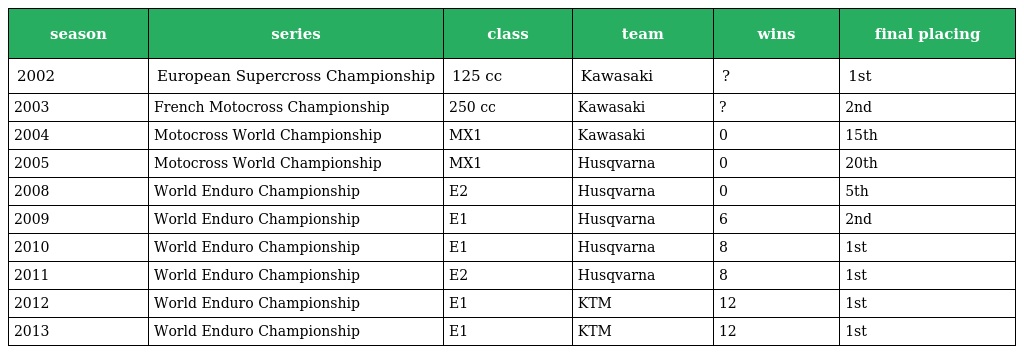
| season | series | class | team | wins | final placing |
 | --- | --- | --- | --- | --- | --- |
 | 2002 | European Supercross Championship | 125 cc | Kawasaki | ? | 1st |
 | 2003 | French Motocross Championship | 250 cc | Kawasaki | ? | 2nd |
 | 2004 | Motocross World Championship | MX1 | Kawasaki | 0 | 15th |
 | 2005 | Motocross World Championship | MX1 | Husqvarna | 0 | 20th |
 | 2008 | World Enduro Championship | E2 | Husqvarna | 0 | 5th |
 | 2009 | World Enduro Championship | E1 | Husqvarna | 6 | 2nd |
 | 2010 | World Enduro Championship | E1 | Husqvarna | 8 | 1st |
 | 2011 | World Enduro Championship | E2 | Husqvarna | 8 | 1st |
 | 2012 | World Enduro Championship | E1 | KTM | 12 | 1st |
 | 2013 | World Enduro Championship | E1 | KTM | 12 | 1st |